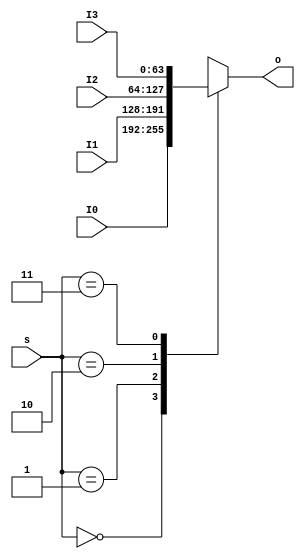
`timescale 1ns / 1ps

module Mux4x64(
    input   [63:0]  I0,
    input   [63:0]  I1,
    input   [63:0]  I2,
    input   [63:0]  I3,
    input   [1:0]   s,
    output  [63:0]  o
);
    reg [63:0] out;
    always @(*) begin
        case (s)
            2'b00: out <= I0;
            2'b01: out <= I1;
            2'b10: out <= I2;
            2'b11: out <= I3;
        endcase
    end
    assign o = out;
endmodule